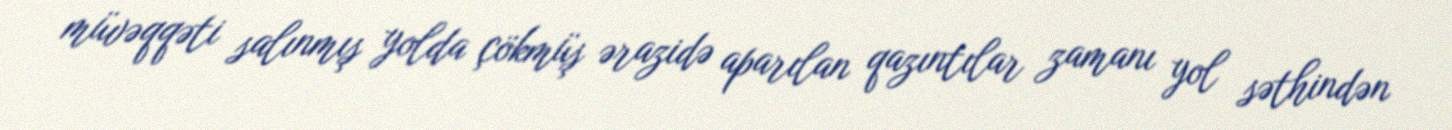
müvəqqəti salınmış yolda çökmüş ərazidə aparılan qazıntılar zamanı yol səthindən